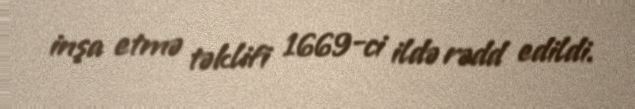
inşa etmə təklifi 1669-ci ildə rədd edildi.